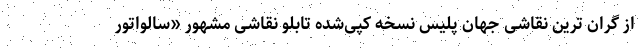
از گران ترین نقاشی جهان پلیس نسخه کپی‌شده تابلو نقاشی مشهور «سالواتور